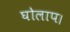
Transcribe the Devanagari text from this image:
घोलाप।